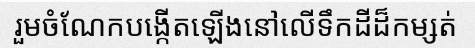
រួមចំណែកបង្កើតឡើងនៅលើទឹកដីដ៏កម្សត់